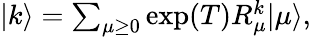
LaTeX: \begin{array}{r}{\vert k\rangle=\sum_{\mu\geq 0}\exp({T})R_{\mu}^{k}\vert\mu\rangle,}\end{array}